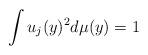
LaTeX: \begin{align*}\int u_{j}(y)^{2} d\mu(y)=1\end{align*}